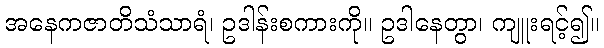
အနေကဇာတိသံသာရံ၊ ဥဒါန်းစကားကို။ ဥဒါနေတွာ၊ ကျူးရင့်၍။